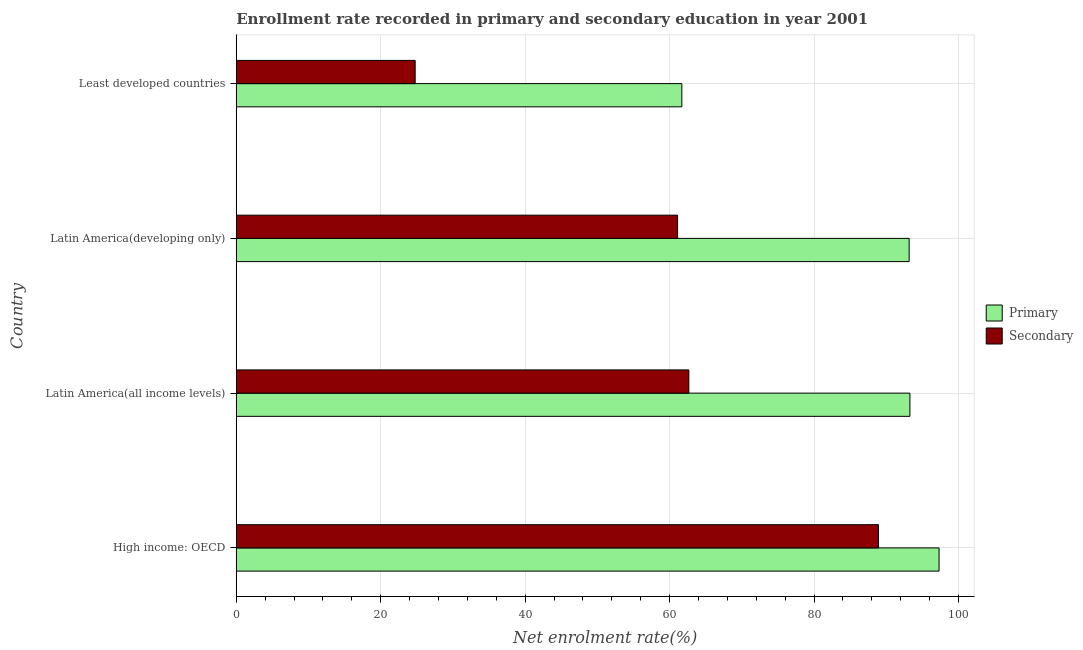
| Country | Primary | Secondary |
 | --- | --- | --- |
 | High income: OECD | 97.3 | 88.9 |
 | Latin America(all income levels) | 93.3 | 62.7 |
 | Latin America(developing only) | 93.2 | 61.1 |
 | Least developed countries | 61.7 | 24.8 |